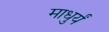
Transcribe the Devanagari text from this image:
माधुर्यं